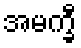
အမက္ခီ